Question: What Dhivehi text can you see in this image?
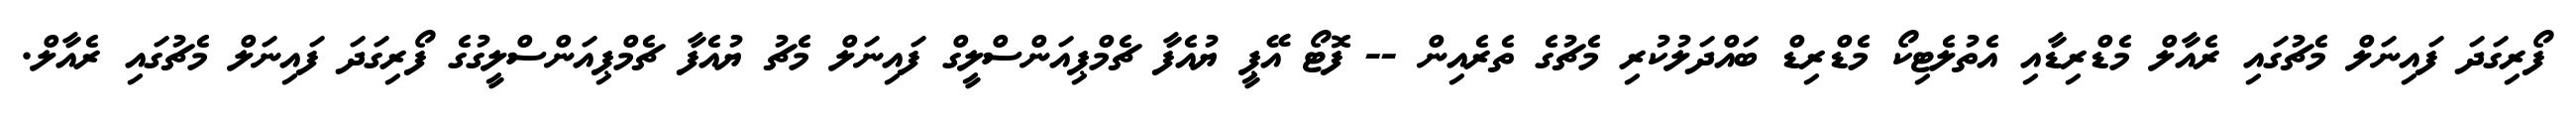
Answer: ފޯރިގަދަ ފައިނަލް މެޗުގައި ރެއާލް މެޑްރިޑާއި އެތުލެޓިކޯ މެޑްރިޑް ބައްދަލުކުރި މެޗުގެ ތެރެއިން -- ފޮޓޯ އޭޕީ ޔުއެފާ ޗެމްޕިއަންސްލީގް ފައިނަލް މެޗު ޔުއެފާ ޗެމްޕިއަންސްލީގުގެ ފޯރިގަދަ ފައިނަލް މެޗުގައި ރެއާލް.